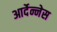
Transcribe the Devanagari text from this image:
आर्देन्नेस